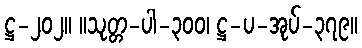
ဋ္ဌ-၂၀၂။ ။သုတ္တ-ပါ-၃၀၀၊ ဋ္ဌ-ပ-အုပ်-၃၇၉။